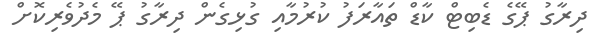
ދިރާގު ޕޭގެ ޑެބިޓް ކާޑް ތައާރަފު ކުރުމާއި ގުޅިގެން ދިރާގު ޕޭ މެދުވެރިކޮށް